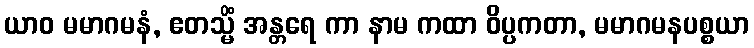
ယာဝ မမာဂမနံ, ဧတသ္မိံ အန္တရေ ကာ နာမ ကထာ ဝိပ္ပကတာ, မမာဂမနပစ္စယာ